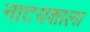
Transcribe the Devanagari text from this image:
नाटयशाला